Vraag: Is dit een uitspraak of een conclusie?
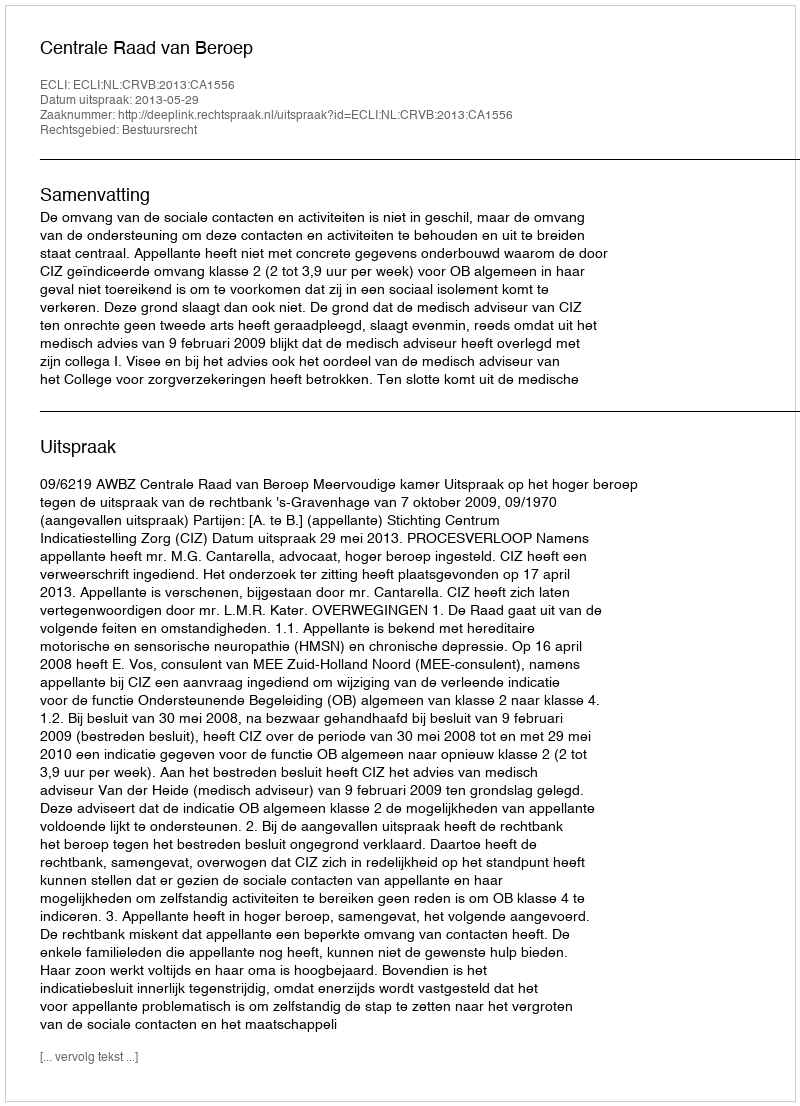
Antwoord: Uitspraak